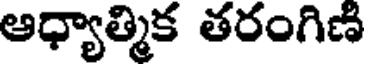
ఆధ్యాత్మిక తరంగిణి